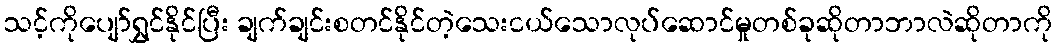
သင့်ကိုပျော်ရွှင်နိုင်ပြီး ချက်ချင်းစတင်နိုင်တဲ့သေးငယ်သောလုပ်ဆောင်မှုတစ်ခုဆိုတာဘာလဲဆိုတာကို